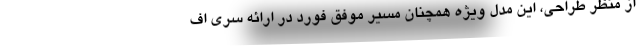
از منظر طراحی، این مدل ویژه همچنان مسیر موفق فورد در ارائه سری اف